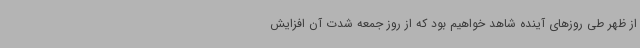
از ظهر طی روزهای آینده شاهد خواهیم بود که از روز جمعه شدت آن افزایش